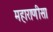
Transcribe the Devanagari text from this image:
महाराणीसा